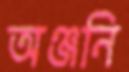
অঞ্জনি